system: You are a helpful assistant.
user:
Analyze the provided spectrum to determine if it is a **Carbon Star (C-type)**.

- **Key Visual Indicators of Carbon Star:**
    - **(Primary):** Strong molecular absorption from **C₂ (diatomic carbon) "Swan Bands."** This is the **defining feature** of a carbon star.
        - **(Key Bandheads):** Sharp absorption edges are visible at approximately $5635$ Å, $5165$ Å (the strongest band), and $4737$ Å.
        - **(Line Profile):** Creates a distinct **"saw-tooth"** pattern. The key morphology is a sharp, steep bandhead on the **red (long-wavelength) side**, which then gradually tapers off (i.e., flux recovers) towards the **blue (short-wavelength) side**. *(This is the direct opposite of the TiO bands seen in M-type stars)*.

    - **(Secondary):** Intense **CN (cyanogen)** molecular absorption bands.
        - **(Key Bandheads):** Located in the blue and violet regions of the spectrum (e.g., near $4215$ Å and $3883$ Å).
        - **(Morphology):** These bands are extremely broad and act as a "blanket," absorbing the vast majority of blue and violet light. This creates a characteristic **"cliff"** or **"steep drop-off"** in the spectrum's flux at short wavelengths.

    - **(Key Confirmation):** Strong **CH absorption band (G-band)**.
        - **(Key Bandhead):** Located around $4300$ Å. The contribution from CH molecules to this band is exceptionally strong.

    - **(Overall Spectrum):**
        - The continuum is severely "chopped up" by these deep molecular bands, especially C₂, rather than appearing as a smooth curve.
        - Due to the heavy CN and C₂ absorption in the blue-green, the vast majority of the star's flux is concentrated in the red part of the spectrum, giving the star its characteristic deep red color.

Think first, call **spectral_visualization_tool** if needed to examine features in detail, then provide your final answer. Your response must adhere to the following strict rules:
1.  **Overall Structure:** Your response must follow the format `<think>...</think> <tool_call>...</tool_call> (if a tool is used) <answer>...</answer>`.
2.  **Tool Usage Constraint:** You may only make **one** tool call per turn.
3.  **Final Answer Format:** In the `<answer>` tag, your conclusion must be inside a `\boxed{}` command (e.g., `\boxed{YES}`), followed by your justification.

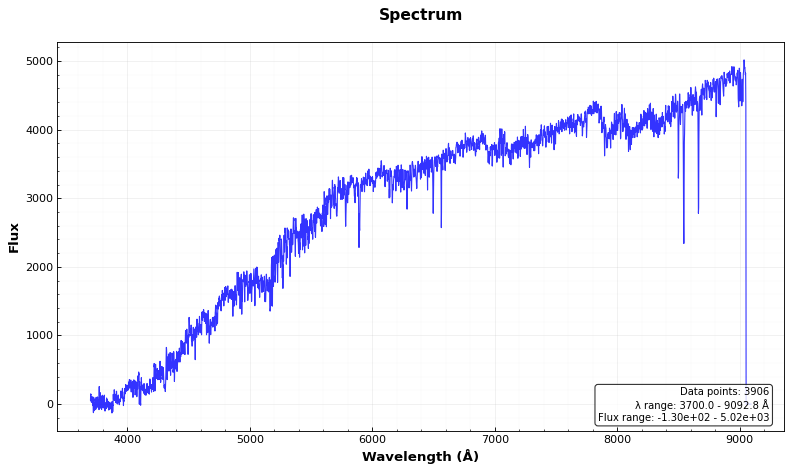
Answer: YES